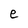
Character: e